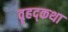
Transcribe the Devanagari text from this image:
वृहद्कथा